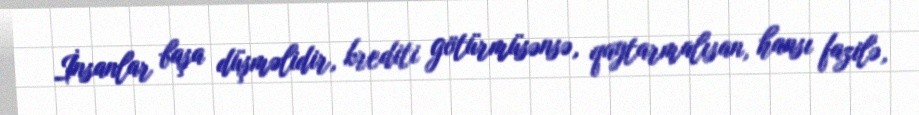
İnsanlar başa düşməlidir, krediti götürmüsənsə, qaytarmalısan, hansı fazilə,